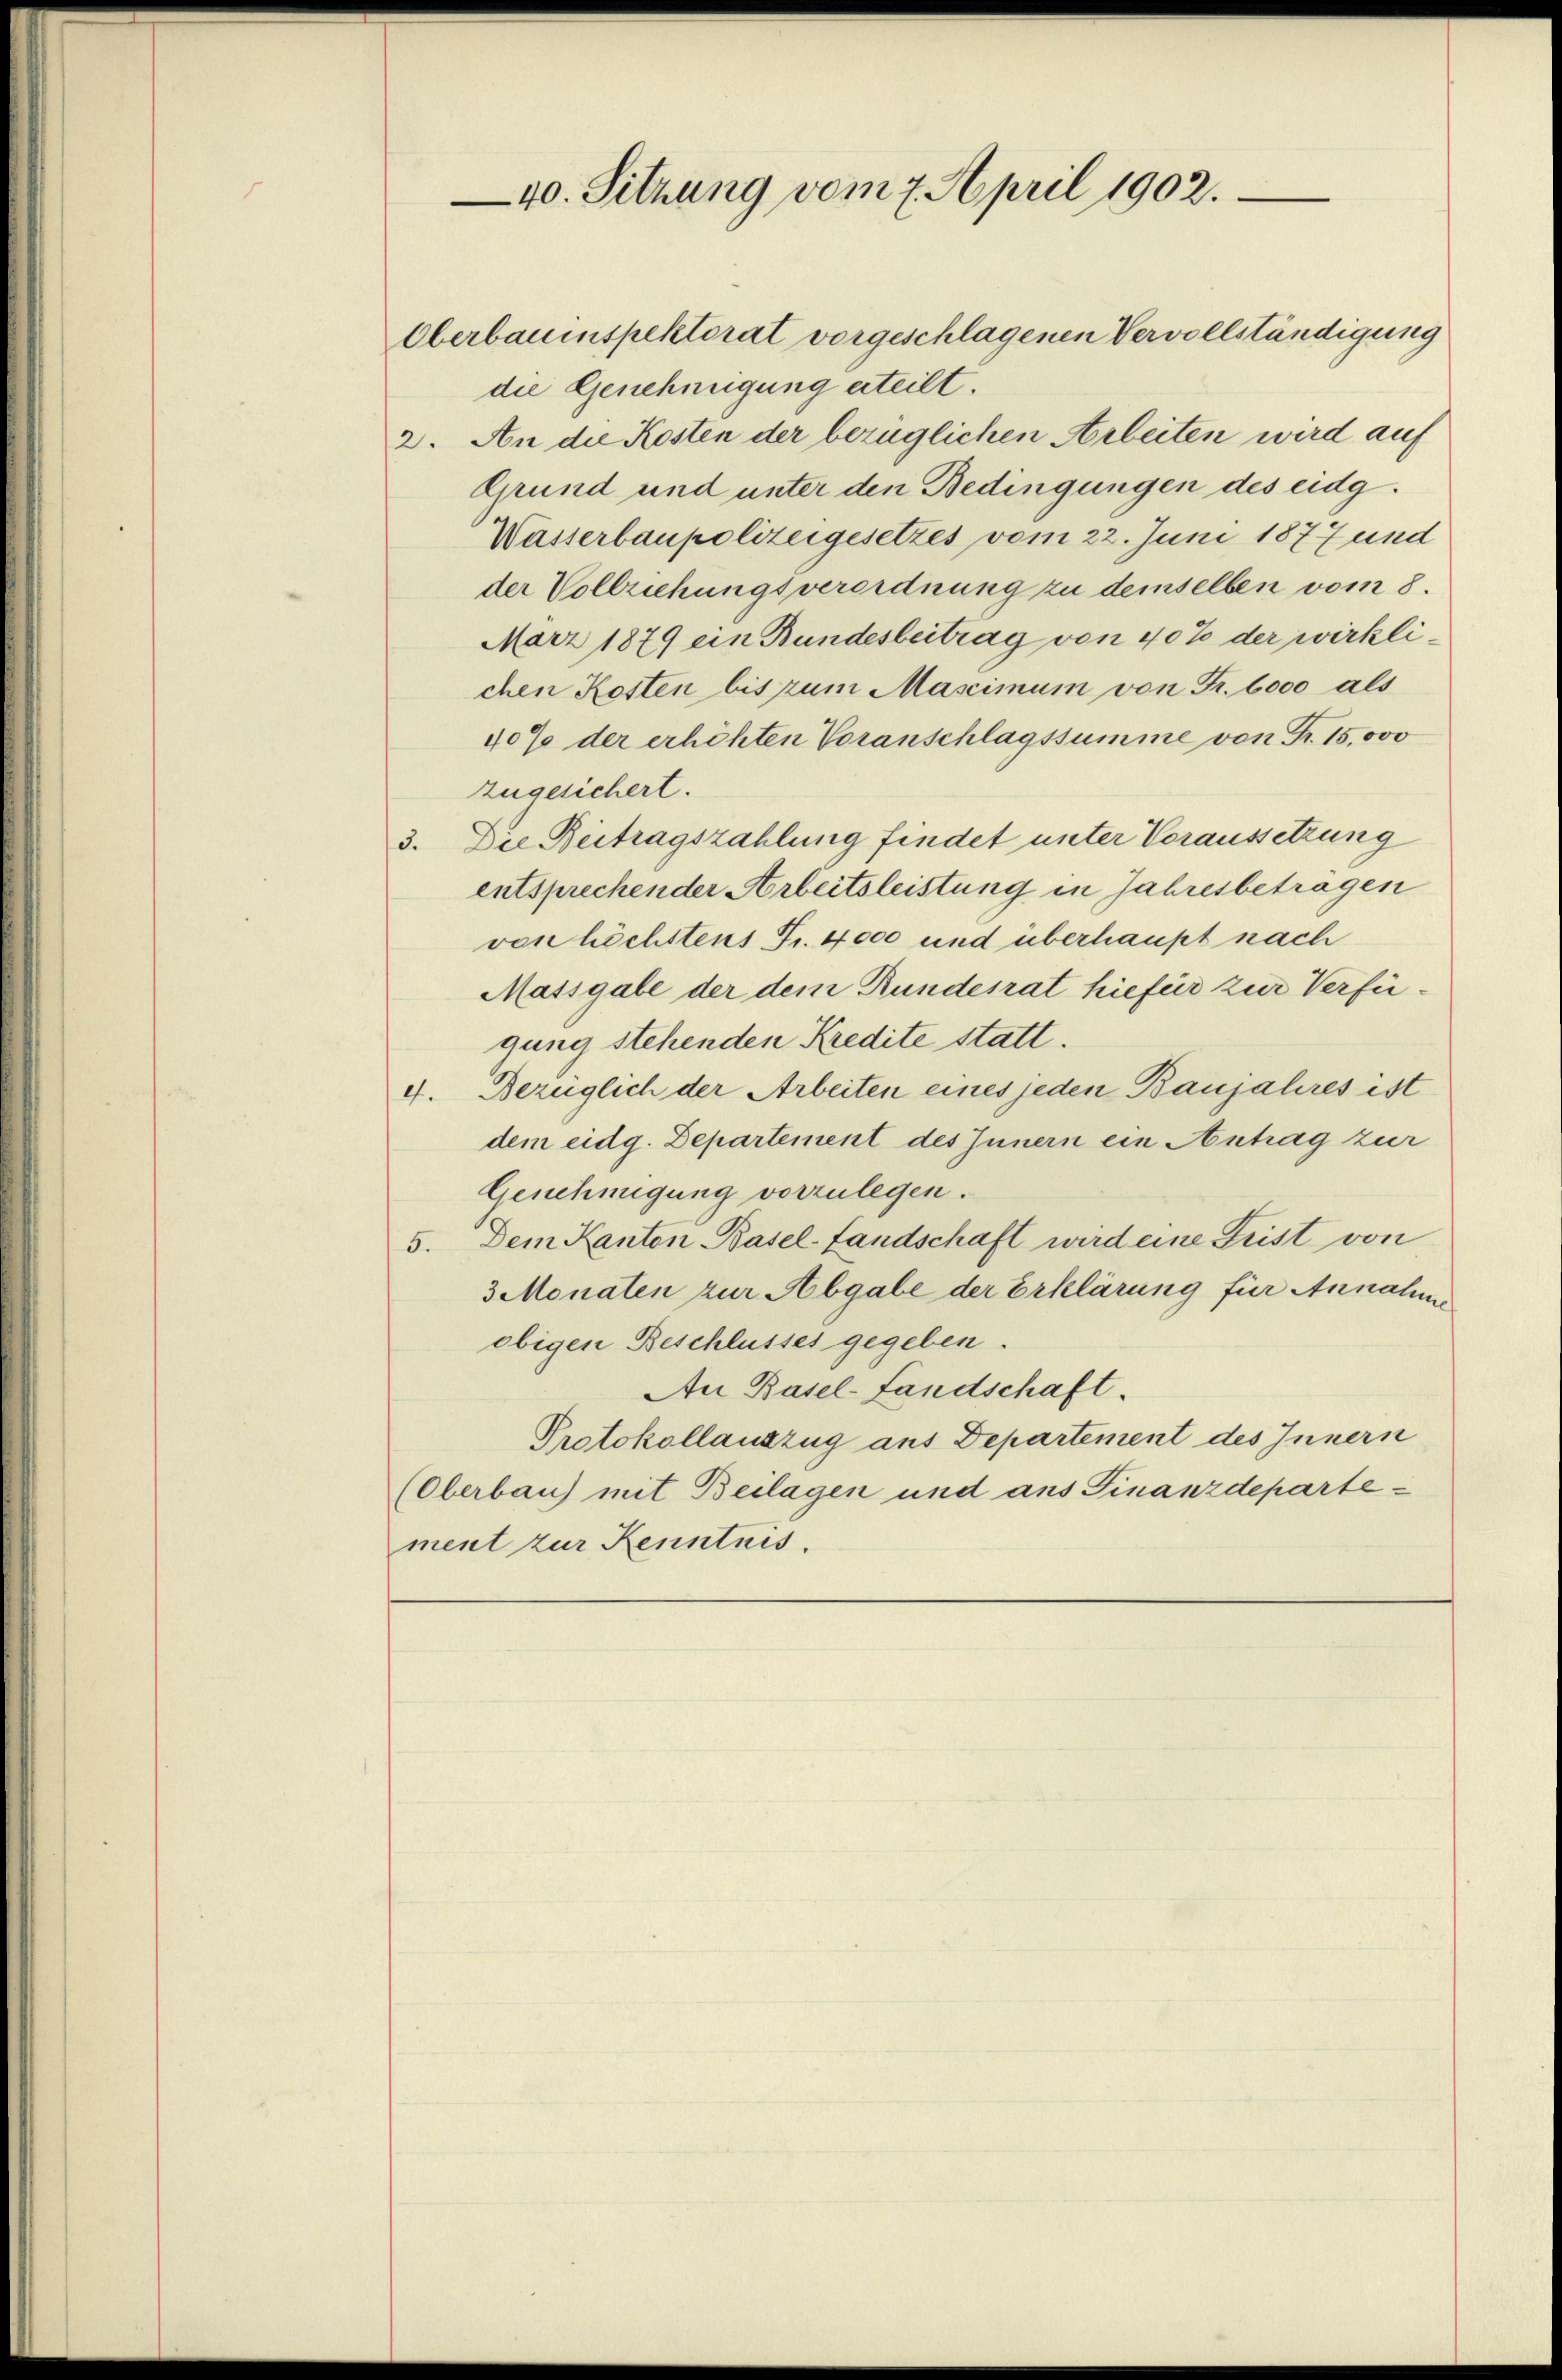
die Genehmigung erteilt.
2. An die Kosten der bezüglichen Arbeiten wird auf
Grund und unter den Bedingungen des eidg¬
Wasserbaupolizeigesetzes vom 22. Juni 1877 und
der Vollziehungsverordnung zu demselben vom 8.
März 1879 ein Bundesbeitrag von 40% der wirklichen Kosten bis zum Mascimum von Fr. 6000 als
40% der erhöhten Voranschlagssumme von Fr. 15,000
zugesichert.
3. Die Beitragszahlung findet unter Voraussetzung
entsprechender Arbeitsleistung in Jahresbeträgen
von höchstens Fr. 4000 und überhaupt nach
Massgabe der dem Bundesrat hiefür zur Verfügung stehenden Kredite statt.
4. Bezüglich der Arbeiten eines jeden Baujahres ist
dem eidg. Departement des Innern ein Antrag zur
Genehmigung vorzulegen.
5. Dem Kanton Basel-Landschaft wird eine Frist von
3 Monaten zur Abgabe der Erklärung für Annahme
obigen Beschlusses gegeben.
An Basel-Landschaft.
Protokollauszug aus Departement des Innern
(Oberbau) mit Beilagen und ans Finanzdepartement zur Kenntnis.

40. Sitzung vom 7. April 1902.
Olerbauinspektorat vorgeschlagenen Vervollständigung